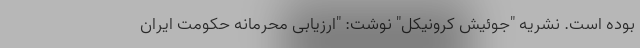
بوده است. نشریه "جوئیش کرونیکل" نوشت: "ارزیابی محرمانه حکومت ایران